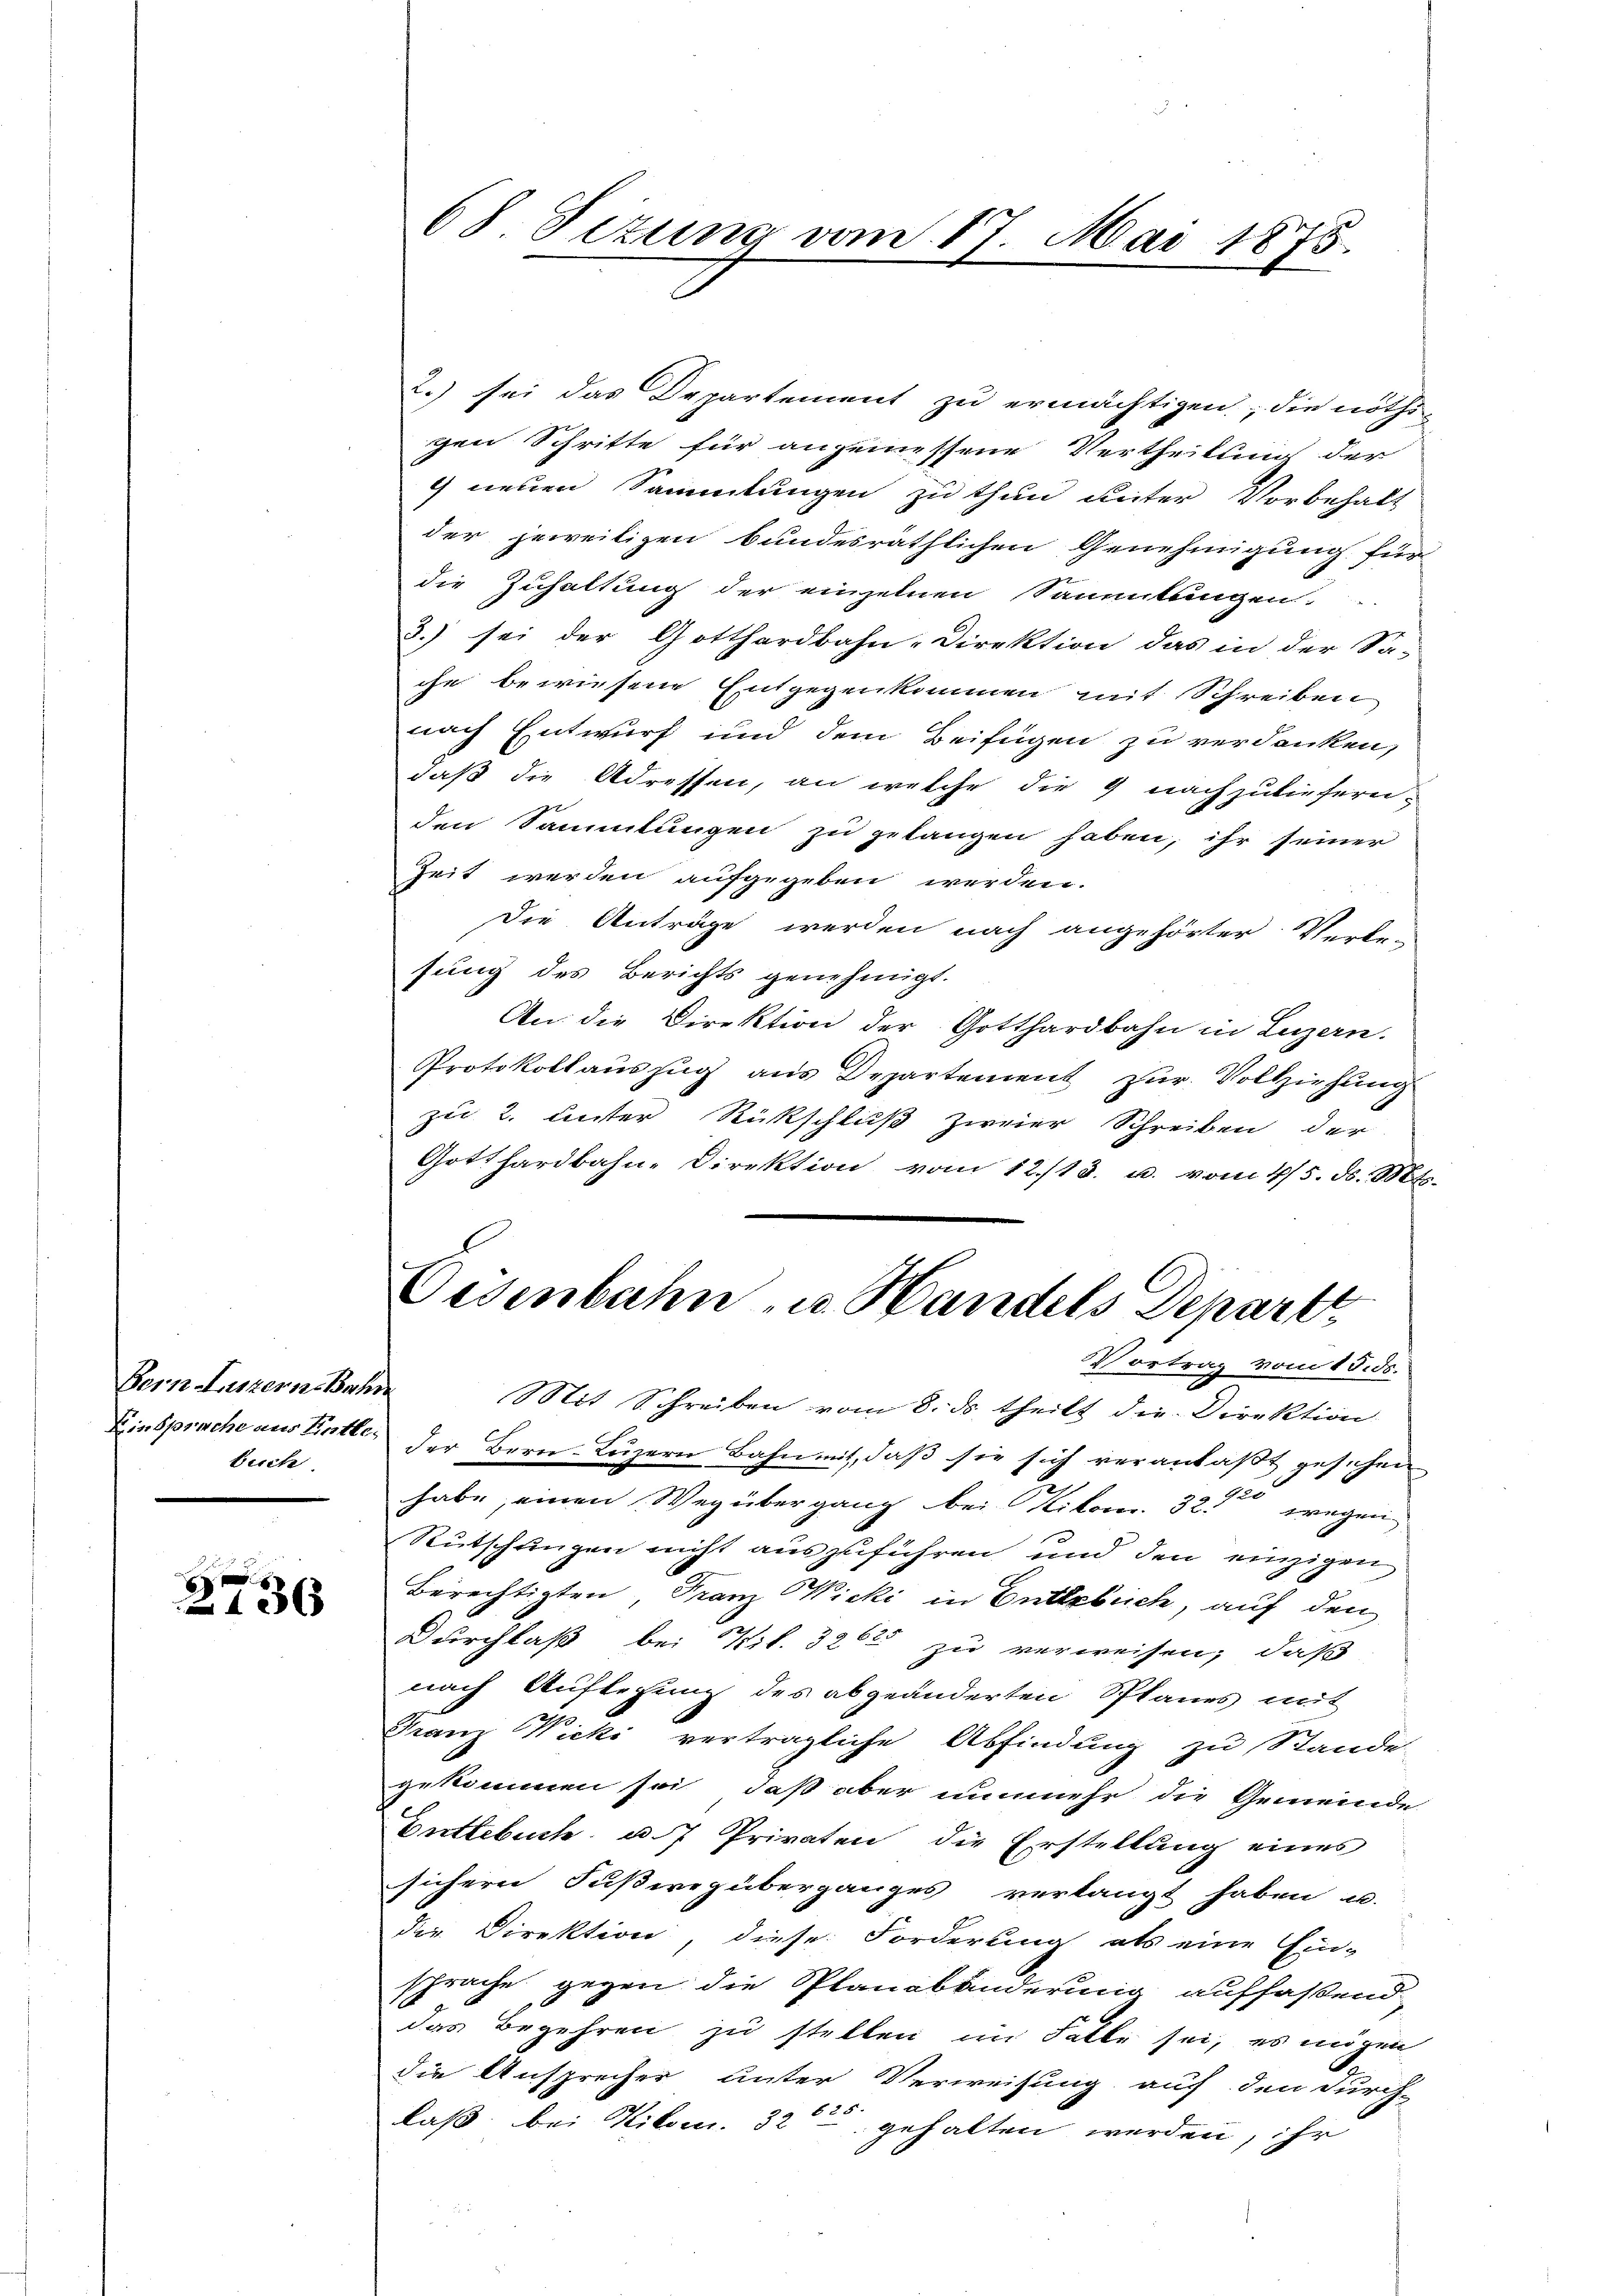
Bern Luzern Bahn
buch

.
d
136

2.) sei das Departement zu ermächtigen, die nöthi-
gen Schritte für angemessene Vertheilung der
4 neuen Sammlungen zu thun Reiter Vorbehalt
der jeweiligen bundesräthlichen Genehmigung für
die Zuhaltung der einzelnen Sammlungen.
3.) sei der Gotthardbahn-Direktion das in der Sa-
che bewiesene Entgegenkommen mit Schreiben
nach Entwurf und dem Beifügen zu verdanken,
daß die Adressen, an welche die 9 nachzuliefern,
den Sammlungen zu gelangen haben, ihr seiner
Zeit werden aufgegeben werden.
Die Anträge werden nach angehörter Verle-
sung des Berichts genehmigt.
An die Direktion der Gotthardbahn in Luzern.
Protokollauszug aus Departement zur Vollziehung
zu 2. unter Rückschluß zweier Schreiben der
Gotthardbahn-Direktion vom 12./13. u. vom 4/5. d. Mts.
Eisenbahn- u. Handels Depart
Vortrag vom 15. ds.
Mit Schreiben vom 8. ds. theilt die Direktion
Einsprache aus Entler der Bern, Luzern Bahn mit, daß sie sich veranlaßt gesehen
habe, einen Weg übergang bei Kilom. 32. wegen
Rutschungen nicht auszuführen und den einzigen
Berechtigten, Franz Wicki in Entlebuch, auf den
Durchlaß bei Kil. 3265 zu verweisen; daß
nach Auflegung des abgeänderten Splanes mit
Franz Wicki verträgliche Abfindung zu Stande
gekommen sei, daß aber nunmehr die Gemeinde
Entlebuch u. 7 Privaten die Erstellung eines
sichern Fußweg überganges verlangt haben u.
die Direktion, diese Forderung als eine Ein-
sprache gegen die Planabänderung auffaßend.
das Begehren zu stellen im Falle sei, es mögen
die Ansprecher unter Verweisung auf den Furch-
laß bei Kiloc. 32 gehalten werden, ihr

68. Sizung vom 17. Mai 1875.
.